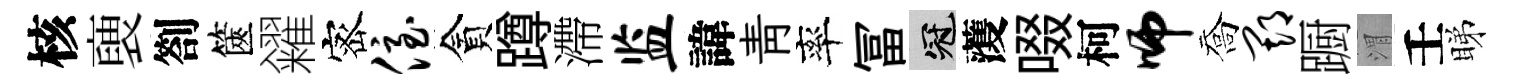
核褏劄篋糴宻侄貪蹲滯监諱靑率冨冠𮑮啜柯师喬期蹰渭壬睇